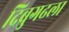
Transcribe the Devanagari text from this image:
दिब्रुगढला